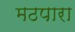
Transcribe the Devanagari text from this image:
मठपारा